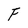
Character: F